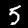
Digit: 5